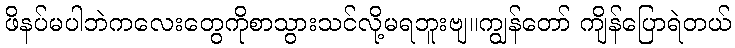
ဖိနပ်မပါဘဲကလေးတွေကိုစာသွားသင်လို့မရဘူးဗျ။ကျွန်တော် ကျိန်ပြောရဲတယ်